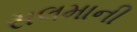
સલમાની